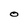
Character: O